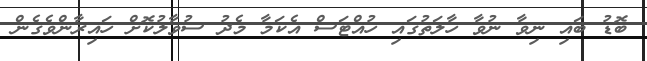
ބޮޑު ބައި ނިވާ ނުވާ ހާލަތުގައި ހުއްޓަސް އެކަމާ މެދު ސުވާލުކޮށް ހައިރާންވެގެން